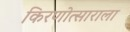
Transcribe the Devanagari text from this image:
किरणोत्साराला